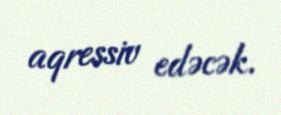
aqressiv edəcək.